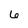
Character: 6